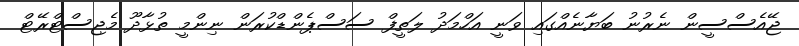
ޖޭއެސްސީން ނެރުނު ބަޔާނެއްގައި ވަނީ އަހްމަދު ލަތީފް ސަސްޕެންޑްކުރަން ނިންމީ ތުޅާދޫ މެޖިސްޓްރޭޓް